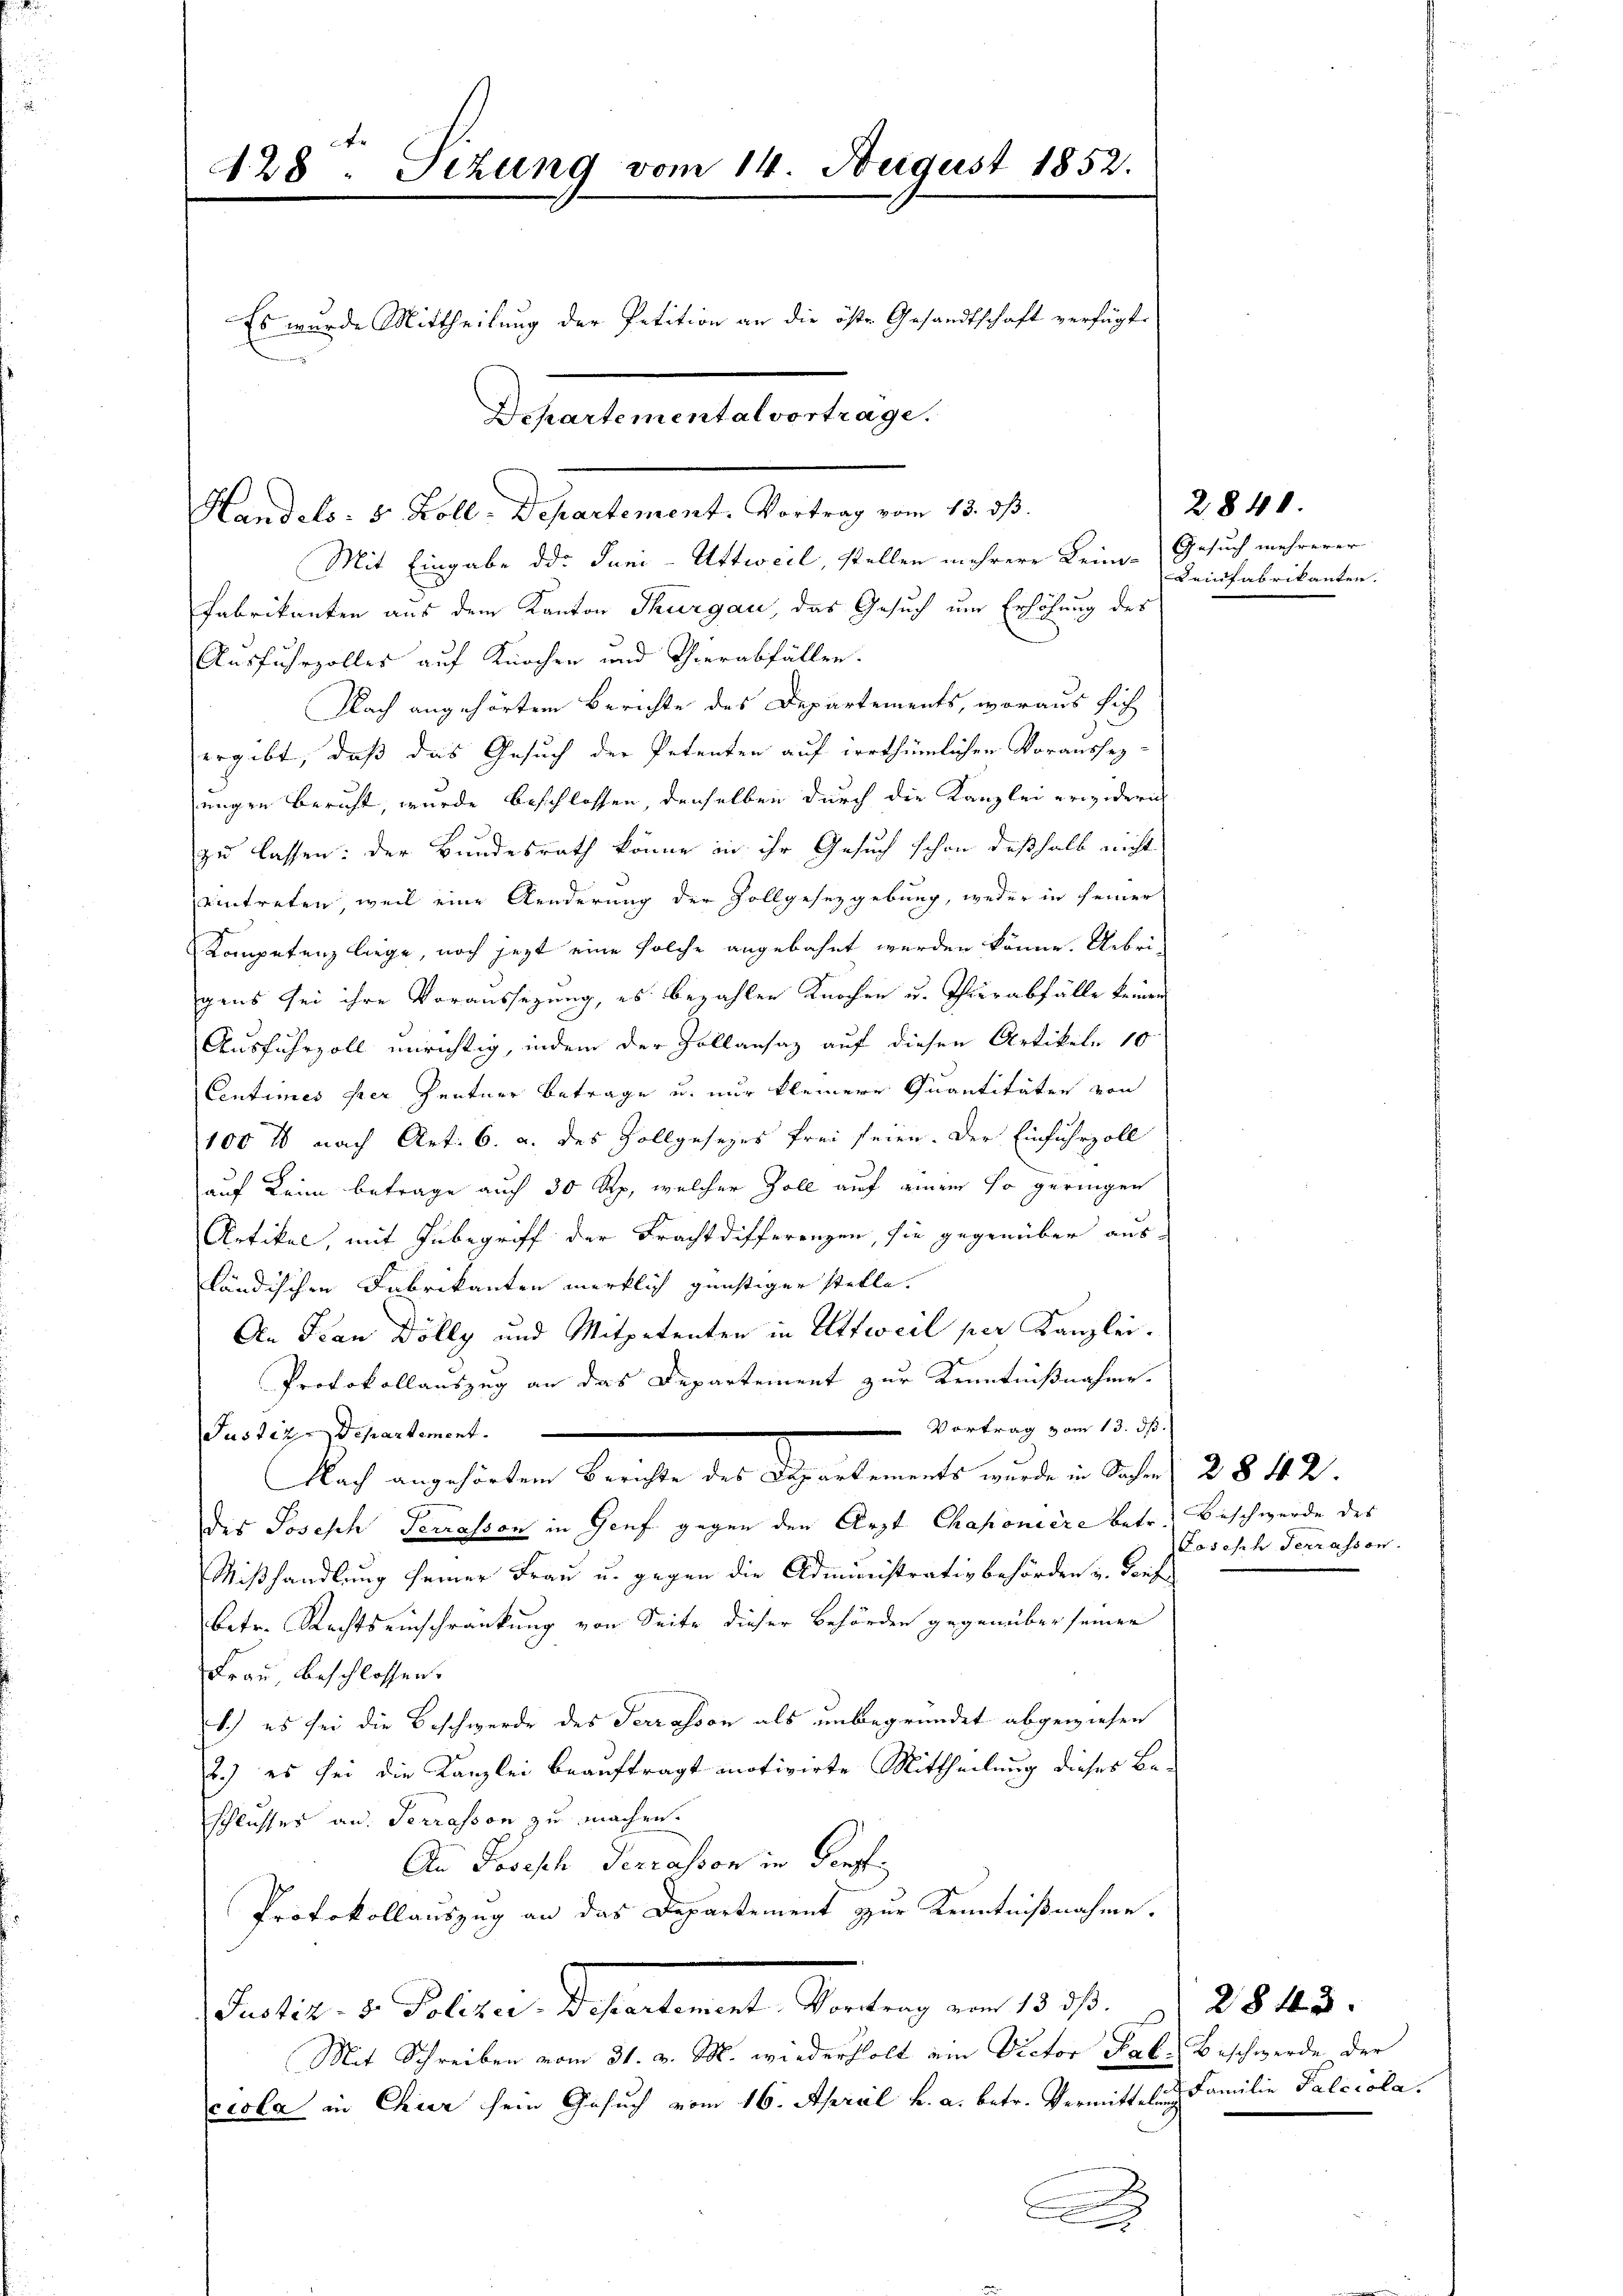
128: Sizung vom 14. August 1852.
Es wurde Mittheilung der Petition an die öste Gesandtschaft verfügte
Departemental vortrage.

Handels- & Koll. Departement. Vortrag vom 13. dß.

Mit Eingabe der Juni-Uttweil, stellen mehrere Leim-Gesuch mehrerer
Fabrikanten aus dem Kanton Thurgau, das Gesuch um Erhöhung des
Ausfuhrzolles auf Knochen und Thierabfällen.
Nach angehörten Berichte des Departements, woraus sich
ergibt, daß das Gesuch der Petenten auf irrthümlichen Voraussezungen beruht, wurde beschlossen, denselben durch die Kanzlei erwidern
zu lassen: der Bundesrath könne in ihr Gesuch schon deßhalb nicht
eintreten, weil eine Aenderung der Zollgesetzgebung, weder in seiner
Kompetenz liege, noch jezt eine solche angebahnt werden könne. Uebrigens sei ihre Voraussezung, es bezahlen Knochen u. Thierabfälle keinen
Ausfuhrzoll unrichtig, indem der Zollansaz auf diesen Artikeln 10
Cintimes per Zentner Betrage u. nur kleinere Quantitäten von
100 l nach Art. 6. a. des Zollgesezes frei seien. Der Einfuhrzoll
auf Keim betrage auch 30 Rp, welcher Zoll auf einem so geringen
Artikel, mit Inbegriff der Frachtdifferenzen, sie gegenüber aus-
pländischen Fabrikanten wirklich günstiger stelle.
An Frau Dölly und Mitpetenten in Attweil per Kanzlei.
Protokollauszug an das Departement zur Kenntnißnahme.
 Vortrag vom 13. ds.
Justiz-Departement.
Nach angehörtem Berichte des Departements wurde in Sachen 28 42.
des Josisch Terrasson in Genf gegen den Arzt Chaponiere betr. Beschwerde des
Mißhandlung seiner Frau u. gegen die Administrativbehörden u. diese
betr. Rechtseinschränkung von Seite dieser Behörden gegenüber seiner
Frau, beschlossen.
1.) es sei die Beschwerde des Terrasson als unbegründet abgewiesen
.) es sei die Kanzlei beauftragt motivirte Mittheilung dieses Beschlusses an. Terrasson zu machen.
An Joseph Terrassen in Verpf
Protokollauszug an das Departement zur Kenntnißnahme.
Patie. v. Platen Gestaltenen Wertung von 1807.
Mit Schreiben vom 31. v. M. wiederholt ein Victor Pal. Beschwerde der
ciola in Chier sein Gesuch vom 16. April h. a. betr. Vermittelung
A

2840.
Keinfabrikanten.

Joseph Ferrassen.

2843.
Familie Palccola.
e